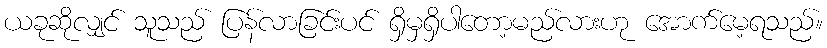
ယခုဆိုလျှင် သူသည် ပြန်လာခြင်းပင် ရှိမှရှိပါတော့မည်လားဟု အောက်မေ့ရသည်။